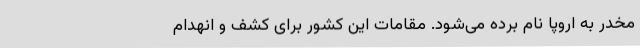
مخدر به اروپا نام برده می‌شود. مقامات این کشور برای کشف و انهدام